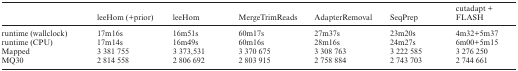
|  | leeHom (+prior) | leeHom | MergeTrimReads | AdapterRemoval | SeqPrep | cutadapt + FLASH |
 | --- | --- | --- | --- | --- | --- | --- |
 | runtime (wallclock) | 17m16s | 16m51s | 60m17s | 27m37s | 23m20s | 4m32+5m37 |
 | runtime (CPU) | 17m14s | 16m49s | 60m16s | 28m16s | 24m27s | 6m00+5m15 |
 | Mapped | 3 381 755 | 3 373,531 | 3 370 675 | 3 308 763 | 3 222 585 | 3 276 250 |
 | MQ30 | 2 814 558 | 2 806 692 | 2 803 915 | 2 758 884 | 2 743 703 | 2 744 661 |